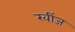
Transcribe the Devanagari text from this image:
खींज